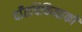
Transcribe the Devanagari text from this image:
दाँतचिकित्सकों